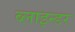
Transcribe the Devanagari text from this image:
ब्लाइन्डर